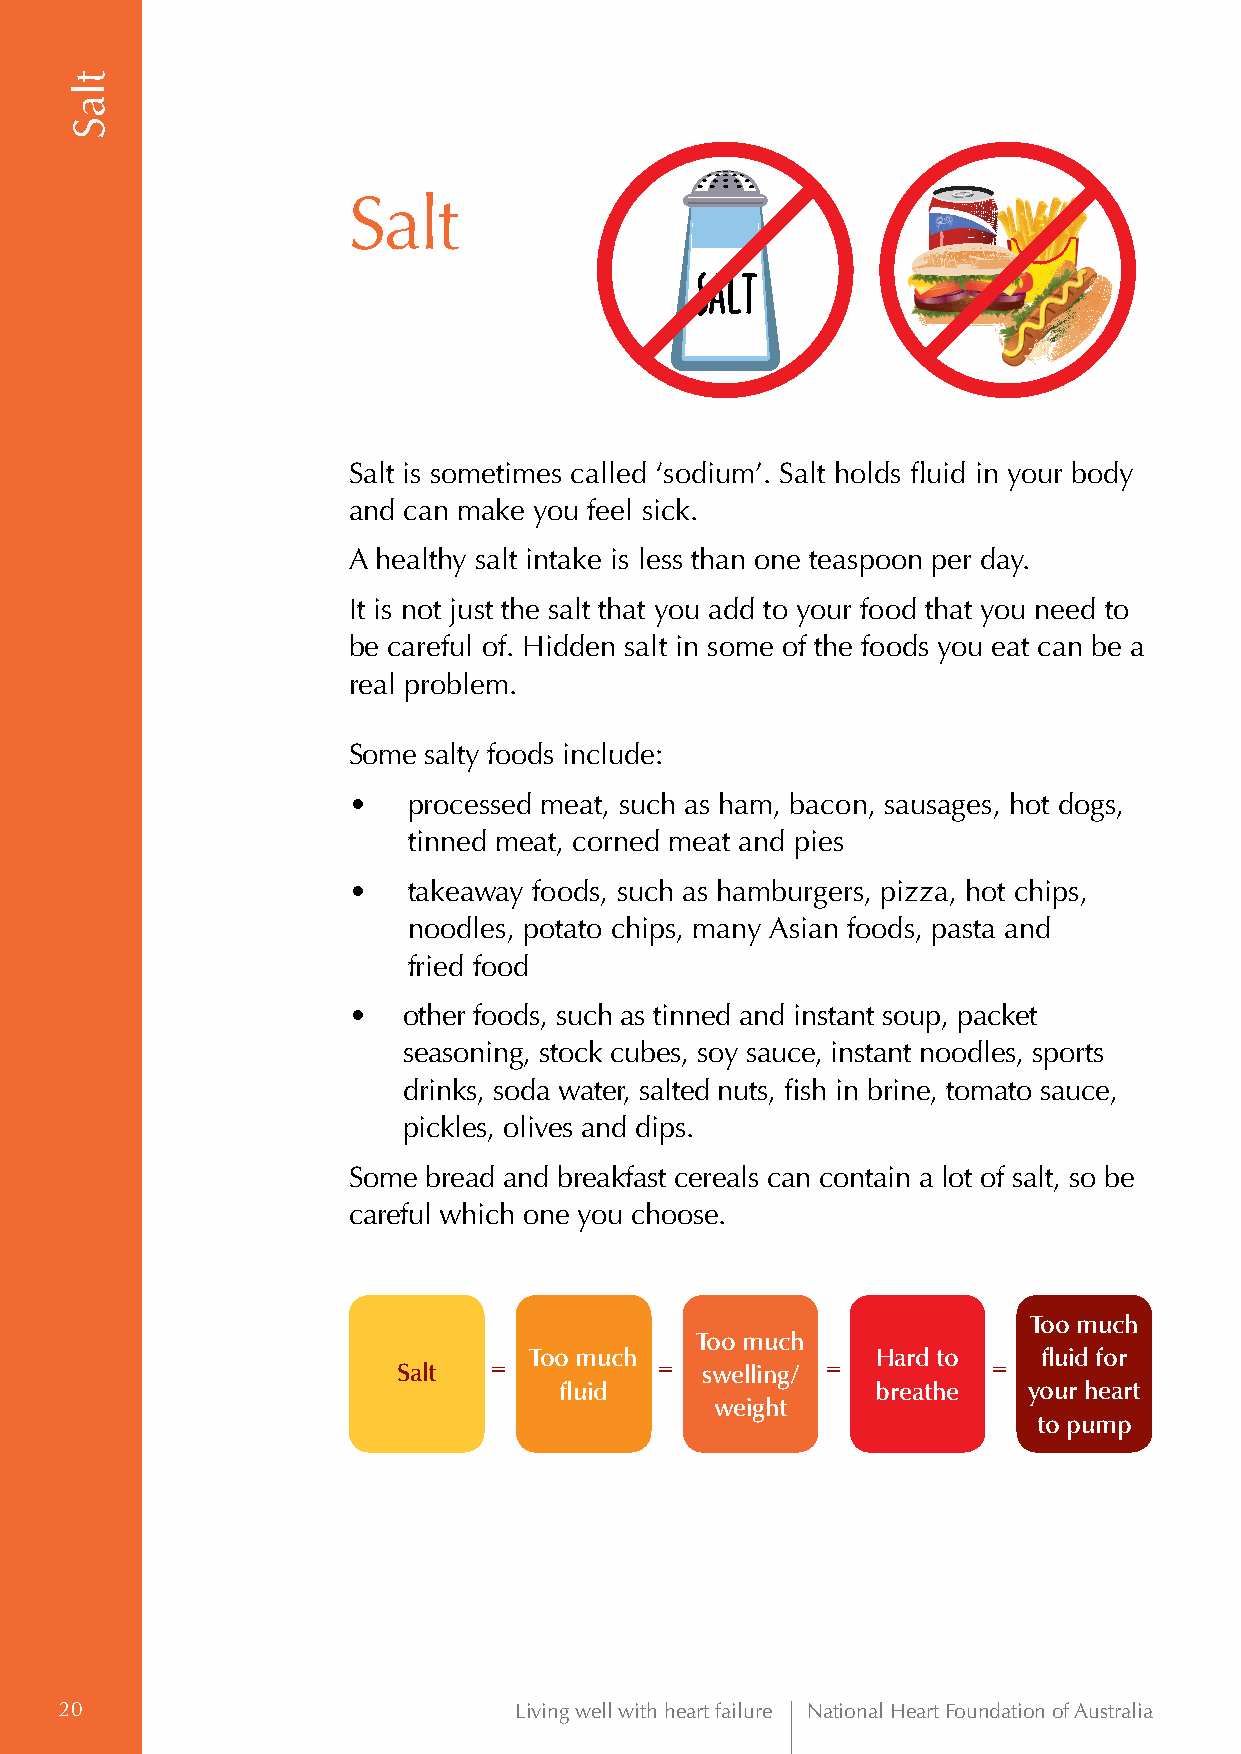
Salt
 Salt is sometimes called ‘sodium’. Salt holds fluid in your body
 and can make you feel sick.
 A healthy salt intake is less than one teaspoon per day.
 It is not just the salt that you add to your food that you need to
 be careful of. Hidden salt in some of the foods you eat can be a
 real problem.
 Some salty foods include:
 •   processed meat, such as ham, bacon, sausages, hot dogs,
 tinned meat, corned meat and pies
 •   t akeaway foods, such as hamburgers, pizza, hot chips,
 noodles, potato chips, many Asian foods, pasta and
 fried food
 •   o ther foods, such as tinned and instant soup, packet
 seasoning, stock cubes, soy sauce, instant noodles, sports
 drinks, soda water, salted nuts, fish in brine, tomato sauce,
 pickles, olives and dips.
 Some bread and breakfast cereals can contain a lot of salt, so be
 careful which one you choose.
 Too much
 Too much
 Too much               Hard to    fluid for
 Salt  =          =  swelling/ =         =
 fluid                breathe   your heart
 weight
 to pump
 20                            Living well with heart failure National Heart Foundation of Australia
 tlaS